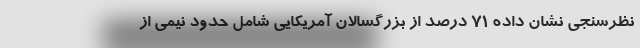
نظرسنجی نشان داده ۷۱ درصد از بزرگسالان آمریکایی شامل حدود نیمی از